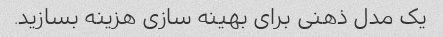
یک مدل ذهنی برای بهینه سازی هزینه بسازید.